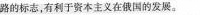
路的标志，有利于资本主义在俄国的发展。